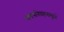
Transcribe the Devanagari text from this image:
खंडपरिवहनामुळे